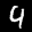
Label: 4